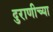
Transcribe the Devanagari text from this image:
दुराणीच्या